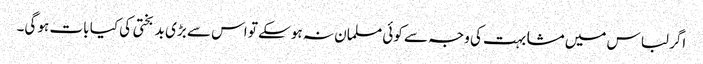
اگر لباس میں مشابہت کی وجہ سے کوئی مسلمان نہ ہو سکے تو اس سے بڑی بد بختی کی کیا بات ہو گی۔